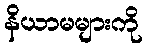
နိယာမများကို